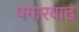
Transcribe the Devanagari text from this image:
पगारवाढ